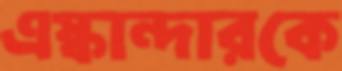
এস্কান্দারকে